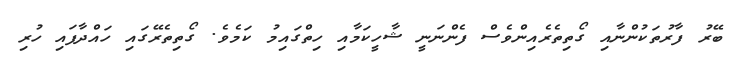
ބޭރު ފާރުތަކުންނާއި ގޯތިތެރެއިންވެސް ފެންނަނީ ޝާހީކަމާއި ހިތްގައިމު ކަމެވެ. ގޯތިތެރޭގައި ހައްދާފައި ހުރި